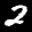
Label: 2